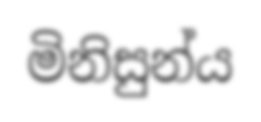
මිනිසුන්ය